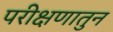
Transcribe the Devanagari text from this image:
परीक्षणातुन